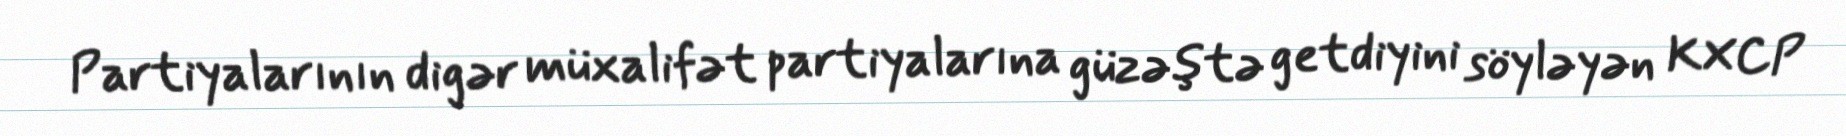
Partiyalarının digər müxalifət partiyalarına güzəştə getdiyini söyləyən KXCP